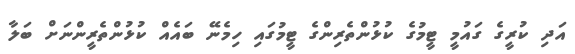
އަދި ކުރީގެ ގައުމީ ޓީމުގެ ކުޅުންތެރިންގެ ޓީމުގައި ހިމެނޭ ބައެއް ކުޅުންތެރީންނަށް ބަލާ